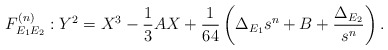
\begin{align*} F^{(n)}_{E_1 E_2} : Y^2 = X^3 -\frac{1}{3}A X + \frac{1}{64}\left(\Delta_{E_1} s^n + B + \frac{\Delta_{E_2}}{s^n}\right). \end{align*}